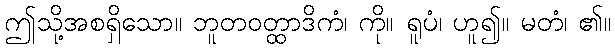
ဤသို့အစရှိသော။ ဘူတဝတ္ထာဒိကံ၊ ကို။ ရူပံ၊ ဟူ၍။ မတံ၊ ၏။